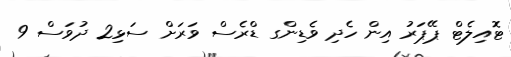
ޓޮއިލެޓް ޕޭޕަރު އިން ހެދި ވެޑިންގ ޑްރެސް ވަރަށް ސަޅި2 ދުވަސް 9